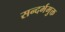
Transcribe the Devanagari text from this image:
सन्दर्भमुक्त